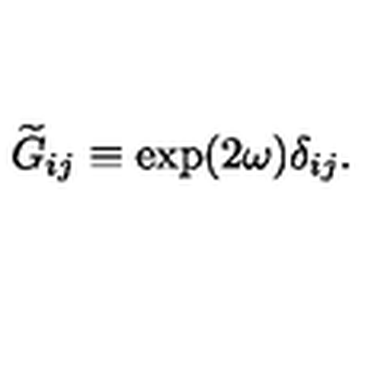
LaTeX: { \widetilde G } _ { i j } \equiv \exp ( 2 \omega ) \delta _ { i j } .